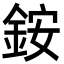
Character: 銨